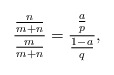
\begin{align*}\frac{\frac{n}{m+n}}{\frac{m}{m+n}}=\frac{\frac{a}{p}}{\frac{1-a}{q}},\end{align*}